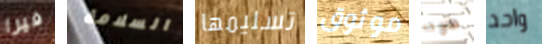
فيرا السلامة تسليمها موثوق صوتا واحد